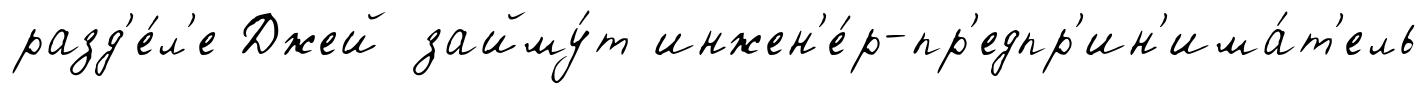
разд'е́л'е Джей займу́т инжен'е́р-пр'едпр'ин'има́т'ель